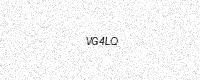
Text: VG4LQ